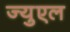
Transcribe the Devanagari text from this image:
ज्युएल